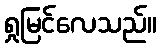
ရှုမြင်လေသည်။